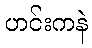
ဟင်းကနဲ